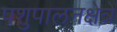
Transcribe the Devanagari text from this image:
पशुपालनक्षेत्रे